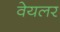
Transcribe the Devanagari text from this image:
वेयलर